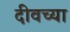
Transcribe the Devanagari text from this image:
दीवच्या